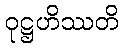
ဝုဋ္ဌဟိဿတိ